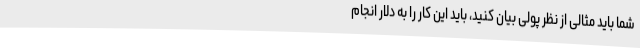
شما باید مثالی از نظر پولی بیان کنید، باید این کار را به دلار انجام